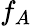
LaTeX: f_{A}